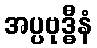
အပ္ပဗုဒ္ဓီနံ